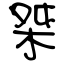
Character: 桀